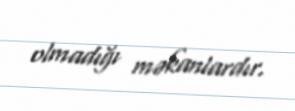
olmadığı məkanlardır.